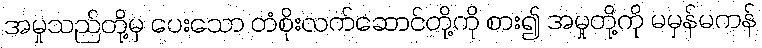
အမှုသည်တို့မှ ပေးသော တံစိုးလက်ဆောင်တို့ကို စား၍ အမှုတို့ကို မမှန်မကန်